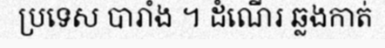
ប្រទេស បារាំង ។ ដំណើរ ឆ្លងកាត់